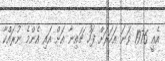
އެއީ 1976 ވަނަ އަހަރަށް ފަހު ޗައިނާ އަށް އައި އެންމެ ނުރައްކާ